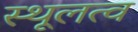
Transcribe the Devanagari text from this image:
स्थूलत्व